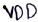
Text: VDD